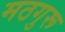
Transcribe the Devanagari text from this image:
मठगुरू